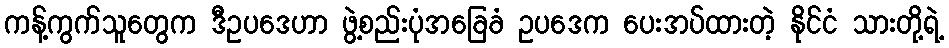
ကန့်ကွက်သူတွေက ဒီဥပဒေဟာ ဖွဲ့စည်းပုံအခြေခံ ဥပဒေက ပေးအပ်ထားတဲ့ နိုင်ငံ သားတို့ရဲ့